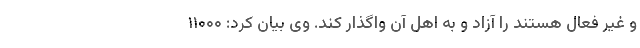
و غیر فعال هستند را آزاد و به اهل آن واگذار کند. وی بیان کرد: ۱۱۰۰۰